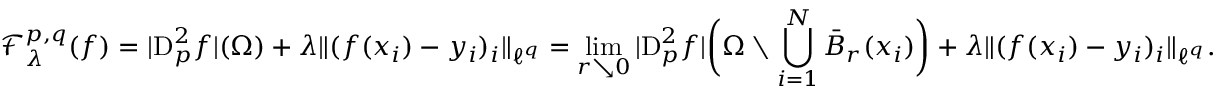
\mathcal { F } _ { \lambda } ^ { p , q } ( f ) = | { \mathrm { D } } _ { p } ^ { 2 } f | ( \Omega ) + \lambda \Vert ( f ( x _ { i } ) - y _ { i } ) _ { i } \Vert _ { \ell ^ { q } } = \operatorname* { l i m } _ { r \searrow 0 } | { \mathrm { D } } _ { p } ^ { 2 } f | \bigg ( \Omega \setminus \bigcup _ { i = 1 } ^ { N } \bar { B } _ { r } ( x _ { i } ) \bigg ) + \lambda \Vert ( f ( x _ { i } ) - y _ { i } ) _ { i } \Vert _ { \ell ^ { q } } .